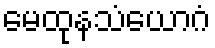
မေထုနသံယောဂံ